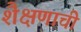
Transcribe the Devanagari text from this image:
शैक्षणाची